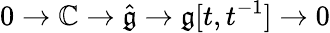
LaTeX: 0\to\mathbb{C}\to{\hat{\mathfrak{g}}}\to{\mathfrak{g}}[t,t^{-1}]\to 0